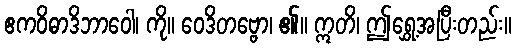
ဧကဝိဓာဒိဘာဝေါ၊ ကို။ ဝေဒိတဗ္ဗော၊ ၏။ ဣတိ၊ ဤရွှေ့အပြီးတည်း။